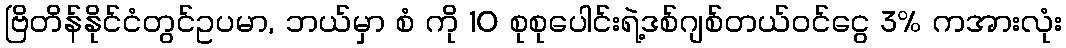
ဗြိတိန်နိုင်ငံတွင်ဥပမာ, ဘယ်မှာ စံ ကို 10 စုစုပေါင်းရဲ့ဒစ်ဂျစ်တယ်ဝင်ငွေ 3% ကအားလုံး